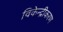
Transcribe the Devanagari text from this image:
विकेन्‍द्रीकरण